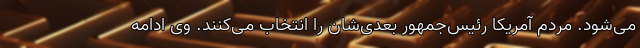
می‌شود. مردم آمریکا رئیس‌جمهور بعدی‌شان را انتخاب می‌کنند. وی ادامه